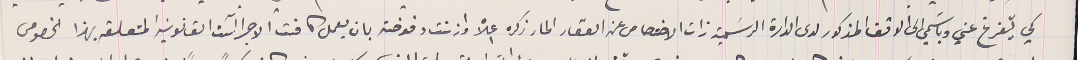
كي يتفرغ عني وباسَمي الى الوقف المذكور لدى الدارة الرسَمية ذات الاختصاص عن العقار المار ذكره اعلاه واذنت وفوضته بان يعمل كافت الاجراآت القانونيه المتعلقه بهذا الخصوص